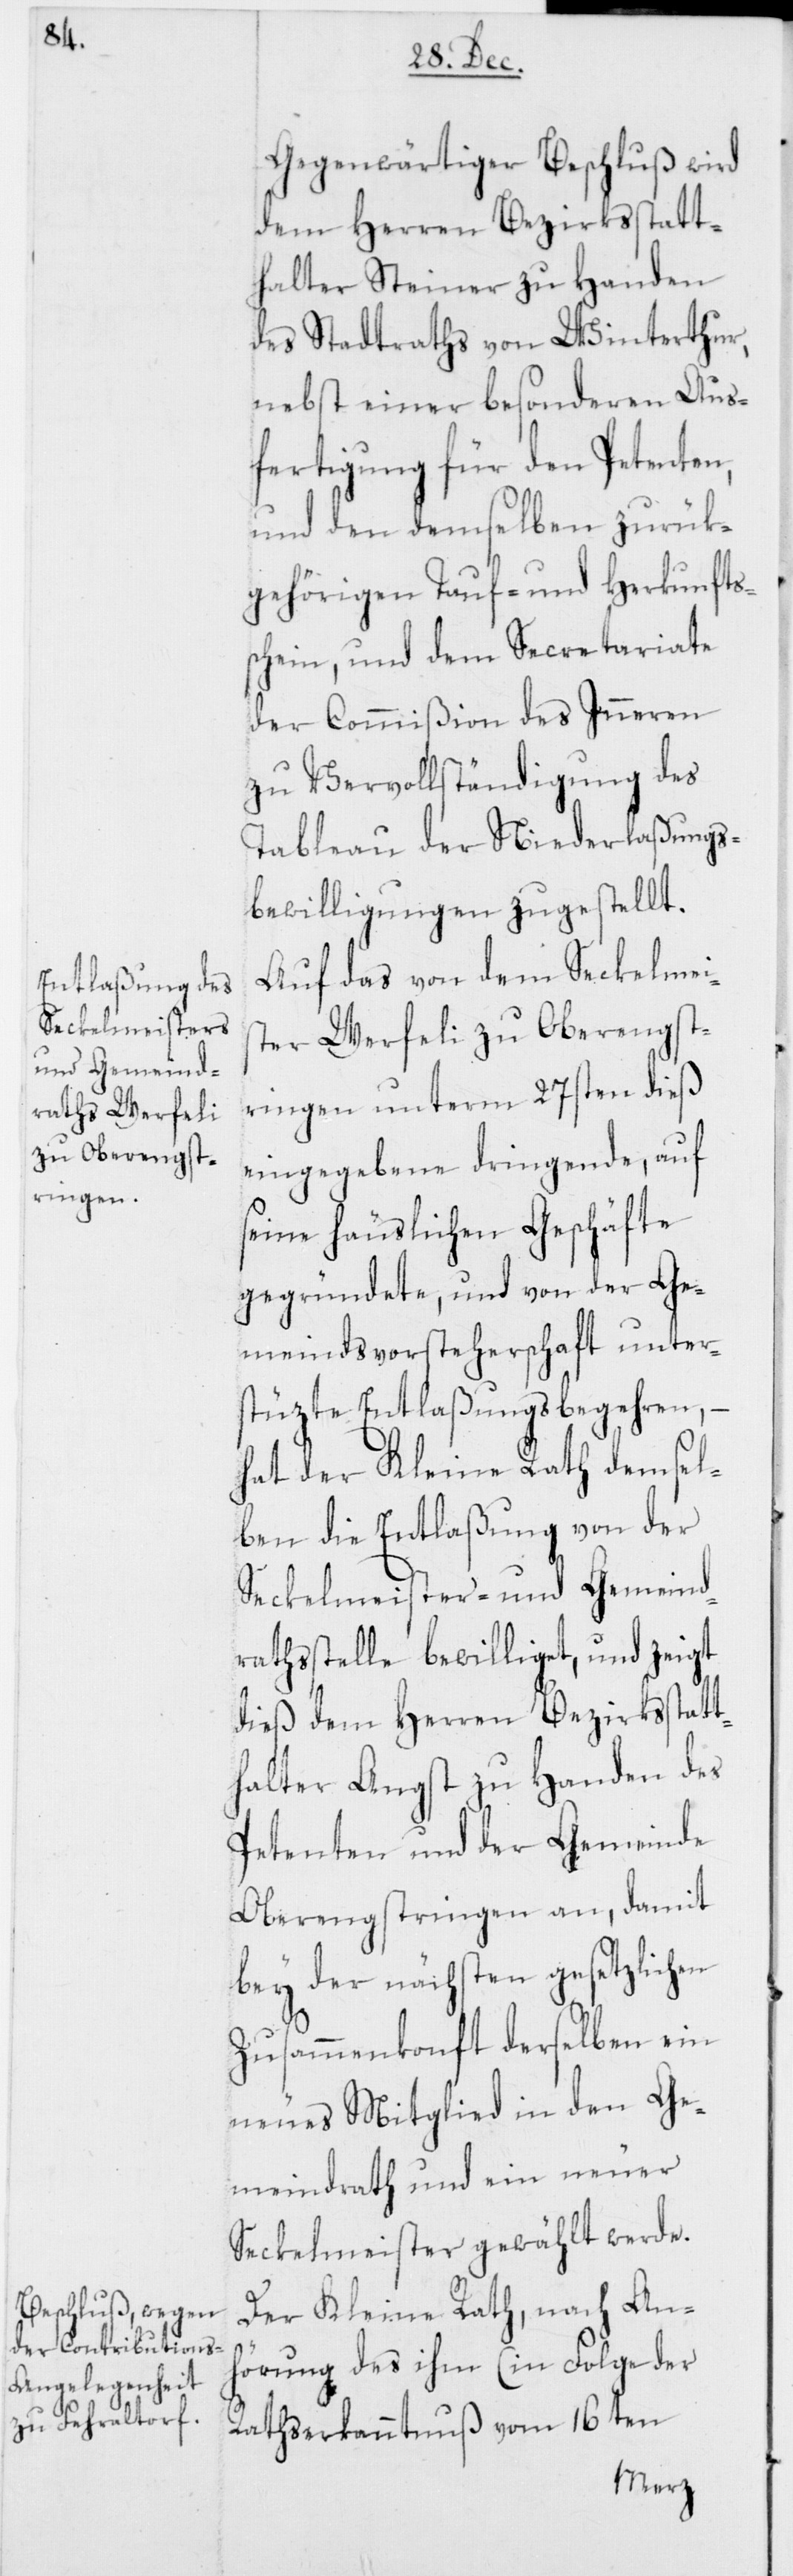
Gegenwärtiger Beschluß wird
dem Herren Bezirksstatt¬
halter Steiner zu Handen
des Stadtraths von Winterthur,
nebst einer besonderen Aus¬
fertigung für den Petenten,
und den demselben zurük¬
gehörigen Tauf- und Herkunfts¬
schein, und dem Secretariate
der Commißion des Inneren
zu Vervollständigung des
Tableau der Niederlaßungs¬
bewilligungen zugestellt.
Auf das von dem Seckelmei¬
ster Werfeli zu Oberengst¬
ringen unterm 27sten dieß
eingegebene dringende, auf
seine häuslichen Geschäfte
gegründete, und von der Ge¬
meindsvorsteherschaft unter¬
stüzte Entlaßungsbegehren, –
hat der Kleine Rath demsel¬
ben die Entlaßung von der
Seckelmeister- und Gemeind¬
rathsstelle bewilliget, und zeigt
dieß dem Herren Bezirksstatt¬
halter Angst zu Handen des
Petenten und der Gemeinde
Oberengstringen an, damit
bey der nächsten gesetzlichen
Zusammenkonft derselben ein
neues Mitglied in den Ge¬
meindrath und ein neuer
Seckelmeister gewählt werde.
Der Kleine Rath, nach An¬
hörung des ihm (in Folge der
Rathserkanntnuß vom 16ten